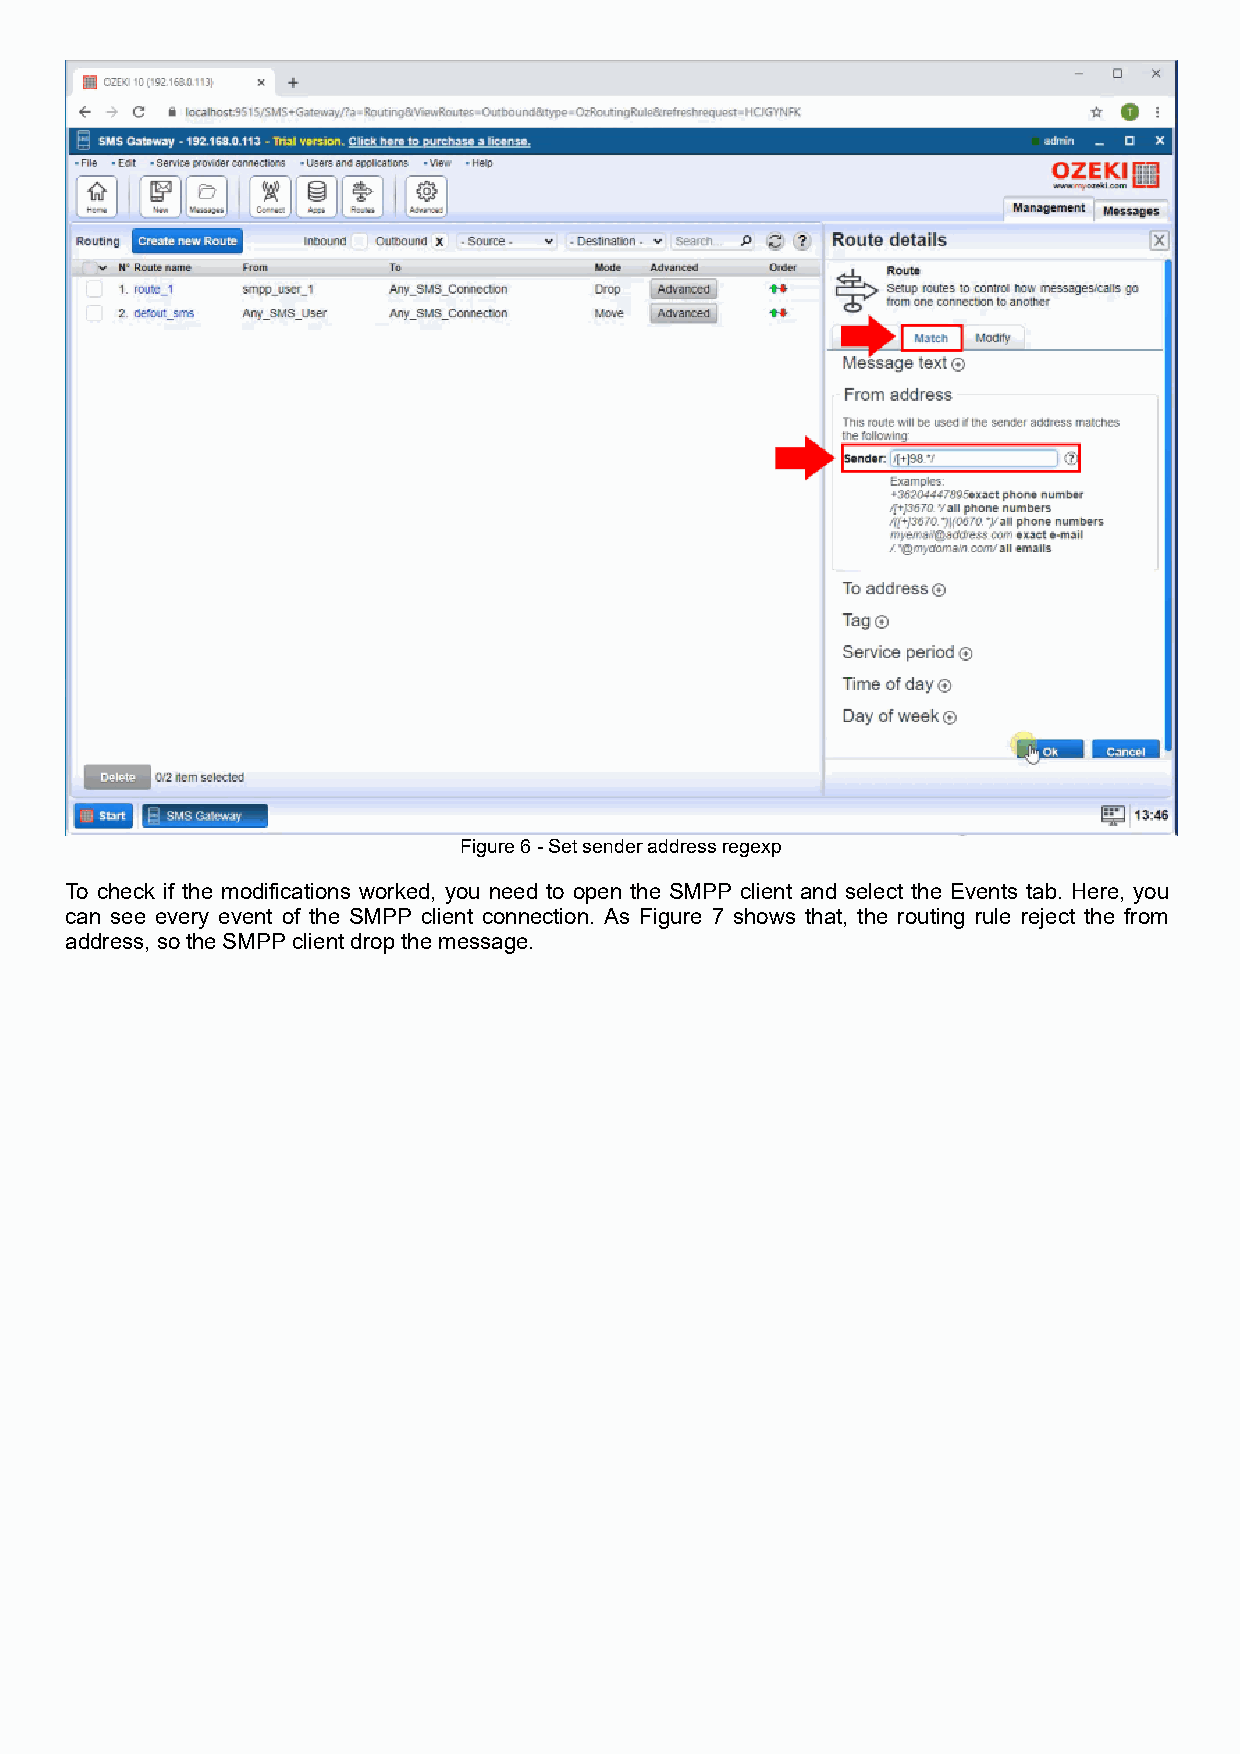
Figure 6 - Set sender address regexp
 To check if the modifications worked, you need to open the SMPP client and select the Events tab. Here, you
 can see every event of the SMPP client connection. As Figure 7 shows that, the routing rule reject the from
 address, so the SMPP client drop the message.